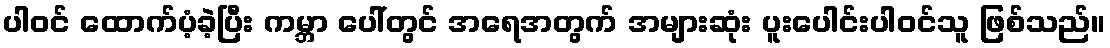
ပါဝင် ထောက်ပံ့ခဲ့ပြီး ကမ္ဘာ ပေါ်တွင် အရေအတွက် အများဆုံး ပူးပေါင်းပါဝင်သူ ဖြစ်သည်။